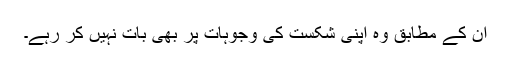
ان کے مطابق وہ اپنی شکست کی وجوہات پر بھی بات نہیں کر رہے۔